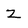
Character: Z